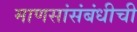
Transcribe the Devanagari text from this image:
माणसांसंबंधीची